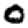
Digit: 0